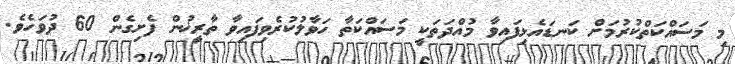
މި މަސައްކަތްކުރުމަށް ކަނޑައެޅިފައިވާ މުއްދަތަކީ މަސައްކަތާ ހަވާލުކުރެވިފައިވާ ތާރީޚުން ފެށިގެން 60 ދުވަހެވެ.